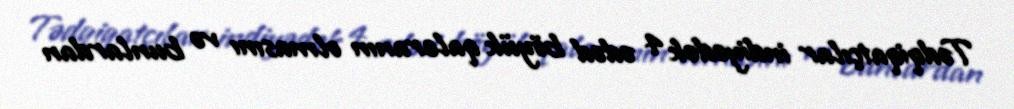
Tədqiqatçılar indiyədək 4 ədəd böyük qaleranın olmasını və bunlardan